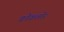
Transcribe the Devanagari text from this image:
फ़ोकलोर